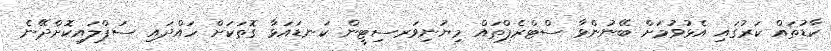
ކާޑުތައް ކަރުގައި އެޅުވުމަށް ބޭނުންވާ ސްޓްރެޕްތައް މިޔުނިވަރސިޓީން ކަނޑައަޅާ ގޮތަކަށް ހައްދައި ސަޕްލައިކޮށްދޭނެ